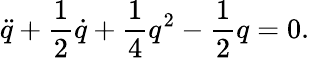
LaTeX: \ddot{q}+\frac{1}{2}\dot{q}+\frac{1}{4}q^{2}-\frac{1}{2}q=0.